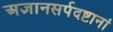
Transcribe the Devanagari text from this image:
अज्ञानसर्पदष्टानां